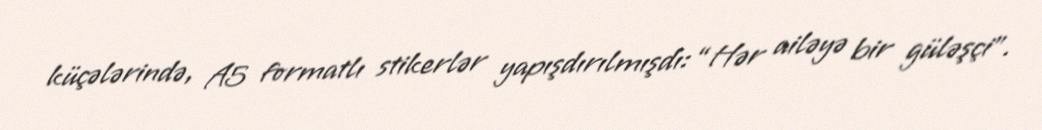
küçələrində, A5 formatlı stikerlər yapışdırılmışdı: “Hər ailəyə bir güləşçi”.